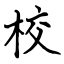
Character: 校